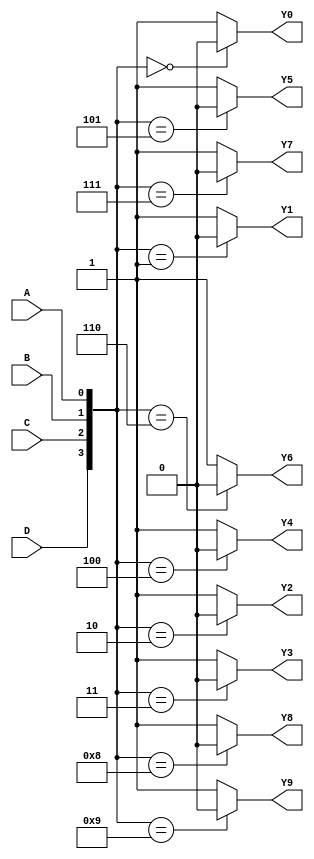
module FOURTO10(input A,input B,input C,input D,output Y0,output Y1,output Y2,output Y3,output Y4,output Y5,output Y6,output Y7,output Y8,output Y9);
assign Y0 = ({D,C,B,A} == 4'b0000) ? 1'b0 : 1'b1;
assign Y1 = ({D,C,B,A} == 4'b0001) ? 1'b0 : 1'b1;
assign Y2 = ({D,C,B,A} == 4'b0010) ? 1'b0 : 1'b1;
assign Y3 = ({D,C,B,A} == 4'b0011) ? 1'b0 : 1'b1;
assign Y4 = ({D,C,B,A} == 4'b0100) ? 1'b0 : 1'b1;
assign Y5 = ({D,C,B,A} == 4'b0101) ? 1'b0 : 1'b1;
assign Y6 = ({D,C,B,A} == 4'b0110) ? 1'b0 : 1'b1;
assign Y7 = ({D,C,B,A} == 4'b0111) ? 1'b0 : 1'b1;
assign Y8 = ({D,C,B,A} == 4'b1000) ? 1'b0 : 1'b1;
assign Y9 = ({D,C,B,A} == 4'b1001) ? 1'b0 : 1'b1;
endmodule